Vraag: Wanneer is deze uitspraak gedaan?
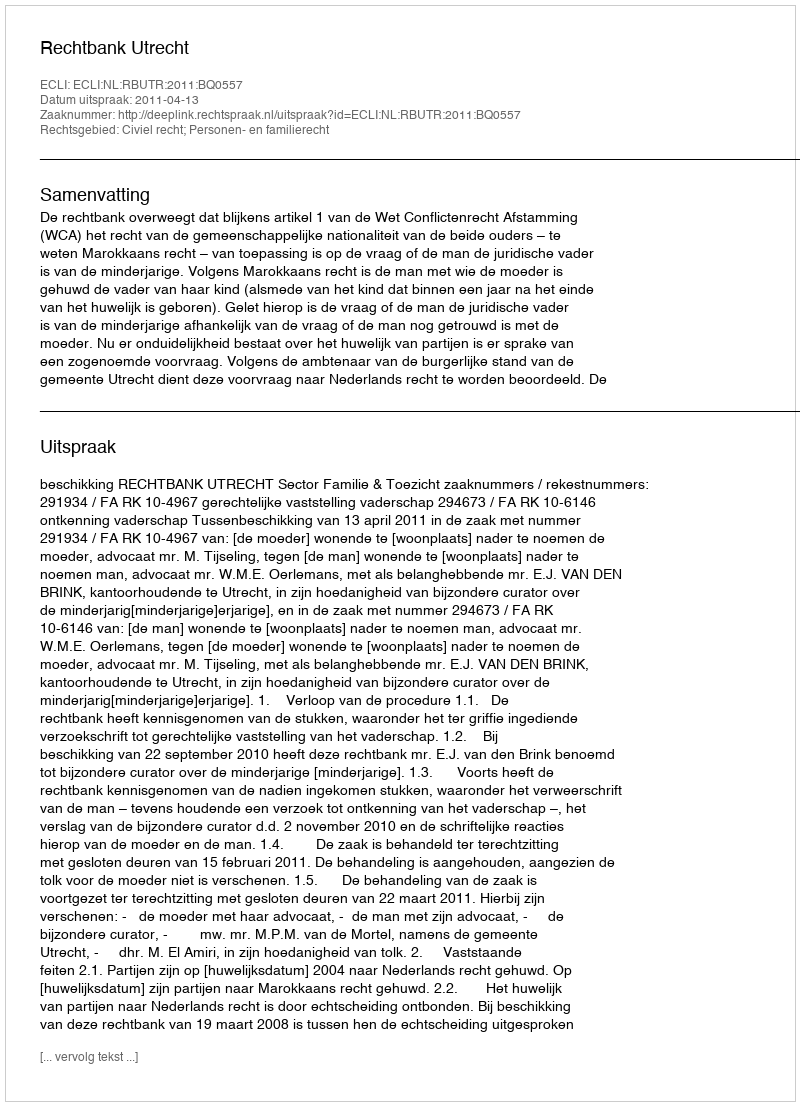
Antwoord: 2011-04-13